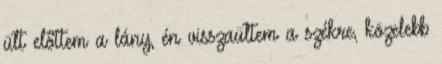
ült előttem a lány, én visszaültem a székre, közelebb